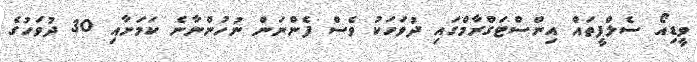
ވީޑިއޯ ސެލްފީތައް އިންސްޓަގްރާމްގައި ދުވަހަކު ވެސް ފެންނަން ނުހުންނާނެ ކަމަށާއި 30 ދުވަހުގެ